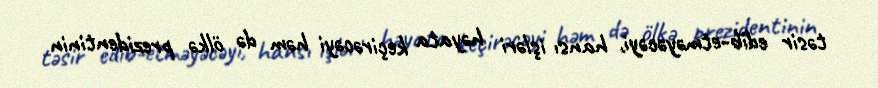
təsir edib-etməyəcəyi, hansı işləri həyata keçirəcəyi həm də ölkə prezidentinin